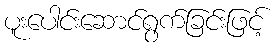
ပူးပေါင်းဆောင်ရွက်ခြင်းဖြင့်